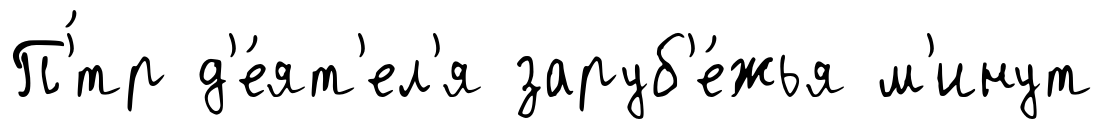
П'́тр д'е́ят'ел'я заруб'е́жья м'инут